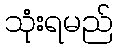
သုံးရမည်